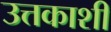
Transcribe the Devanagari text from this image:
उत्तकाशी